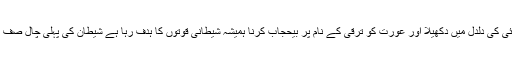
مسلم دنیا کو پاکیزگی سے ہٹا کر بے حیائی کی دلدل میں دکھیلا اور عورت کو ترقی کے نام پر بیحجاب کرنا ہمیشہ شیطانی قوتوں کا ہدف رہا ہے شیطان کی پہلی چال صف نازک کو سیدھی راہ سے ہٹانے کی ہے ۔